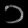
Digit: ၁